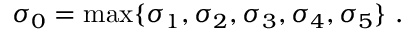
\sigma _ { 0 } = \mathrm { m a x } \{ \sigma _ { 1 } , \sigma _ { 2 } , \sigma _ { 3 } , \sigma _ { 4 } , \sigma _ { 5 } \} \ .